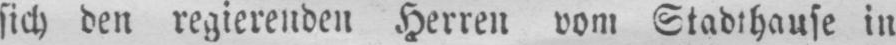
sich den regierenden Herren vom Stadthaufe in